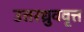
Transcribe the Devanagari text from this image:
उत्तरध्रुववृत्त